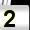
Digit: 2